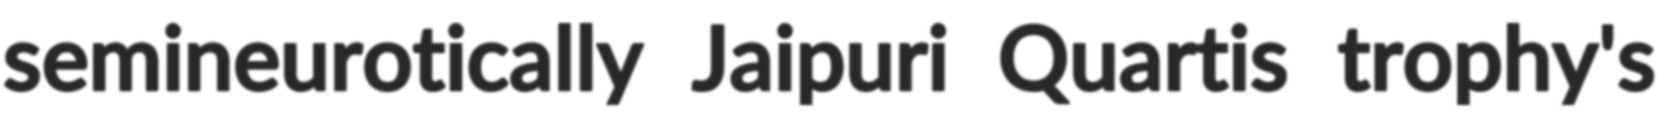
semineurotically Jaipuri Quartis trophy's